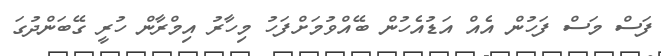
ފަސް މަސް ފަހުން އެއް އަޑުއެހުން ބޭއްވުމަށްފަހު މިހާރު އިމްރާން ހުރީ ގޭބަންދުގަ